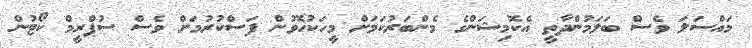
މައްސަލަ ވެސް ބަލަމުންދާތީ އެކޮމިޝަންގެ މެންބަރުކަމަށް މީހަކުހޮވުން ފަސްކުރުމަށް ވެސް ސުޕްރީމް ކޯޓުން